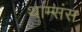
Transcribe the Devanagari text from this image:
थाम्संस